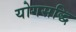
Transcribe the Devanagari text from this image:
योगसद्धि